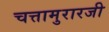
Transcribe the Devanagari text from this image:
चत्तामुरारजी